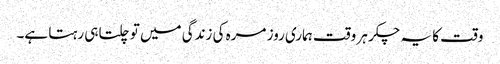
وقت کا یہ چکر ہر وقت ہماری روز مرہ کی زندگی میں تو چلتا ہی رہتا ہے۔